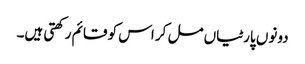
دونوں پارٹیاں مل کر اس کو قائم رکھتی ہیں۔